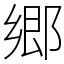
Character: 郷